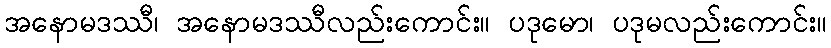
အနောမဒဿီ၊ အနောမဒဿီလည်းကောင်း။ ပဒုမော၊ ပဒုမလည်းကောင်း။